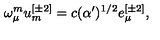
\omega _ { \mu } ^ { { m } } u _ { { m } } ^ { { [ \pm 2 ] } } = c ( \alpha ^ { \prime } ) ^ { { 1 / 2 } } e _ { \mu } ^ { { [ \pm 2 ] } } ,